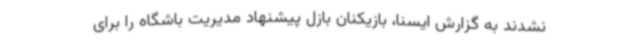
نشدند به گزارش ایسنا، بازیکنان بازل پیشنهاد مدیریت باشگاه را برای